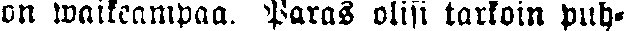
on waikeampaa. Paras olisi tarkoin puh-